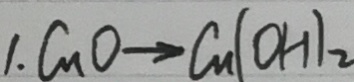
1 . C u O y \rightarrow C u ( O H ) _ { 2 }